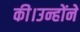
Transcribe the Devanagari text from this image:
की।उन्होंने